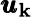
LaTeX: \pmb{u}_{\mathbf{k}}